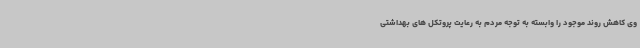
وی کاهش روند موجود را وابسته به توجه مردم به رعایت پروتکل های بهداشتی